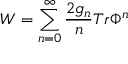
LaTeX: W = \sum _ { n = 0 } ^ { \infty } \frac { 2 g _ { n } } { n } T r \Phi ^ { n }